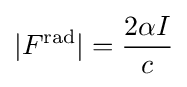
|F^{\rm {rad}}|={\frac {2\alpha I}{c}}